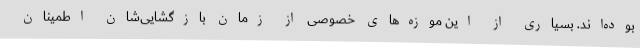
بوده‌اند. بسیاری از این موزه‌های خصوصی از زمان بازگشایی‌شان اطمینان